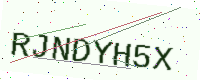
Text: RJNDYH5X